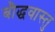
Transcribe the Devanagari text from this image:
बौद्धवास्तु